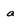
Character: a